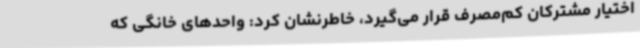
اختیار مشترکان کم‌مصرف قرار می‌گیرد، خاطرنشان کرد: واحدهای خانگی که